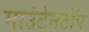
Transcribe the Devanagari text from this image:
माउंटेनटॉप